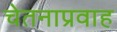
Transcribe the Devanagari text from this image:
चेतनाप्रवाह